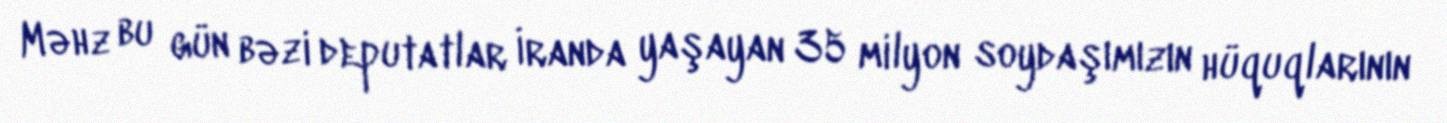
Məhz bu gün bəzi deputatlar İranda yaşayan 35 milyon soydaşımızın hüquqlarının